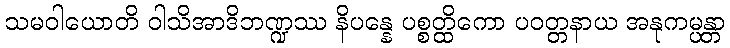
သမဝါယောတိ ဝါသိအာဒိဘဏ္ဍဿ နိပန္နေ ပစ္စတ္ထိကော ပဝတ္တနာယ အနုကမ္ပန္တာ